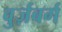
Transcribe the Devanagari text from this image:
वुर्ज़बर्ग